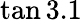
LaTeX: \tan 3.1